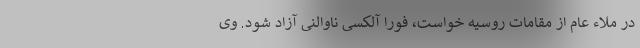
در ملاء عام از مقامات روسیه خواست، فورا آلکسی ناوالنی آزاد شود. وی